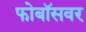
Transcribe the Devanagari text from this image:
फोबॉसवर